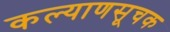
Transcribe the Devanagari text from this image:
कल्याणसूचक